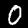
Digit: 0